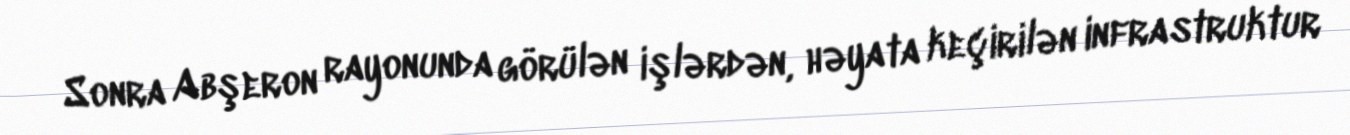
Sonra Abşeron rayonunda görülən işlərdən, həyata keçirilən infrastruktur